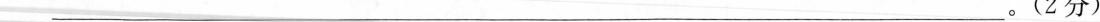
___。(2分)